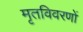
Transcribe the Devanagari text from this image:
मृतविवरणों